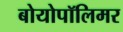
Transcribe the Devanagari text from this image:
बोयोपॉलिमर